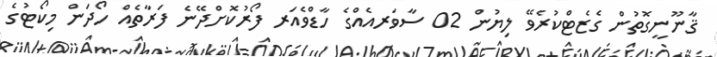
ޤާނޫނީގޮތުން ގެޒެޓްކުރެވޭ ލިޔުން 02 ސާވަރއެއްގެ ހާޑްވެއަރ ފޯރުކޮށްދޭނެ ފަރާތެއް ހޯދަން މިކޯޓުގެ